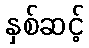
နှစ်ဆင့်